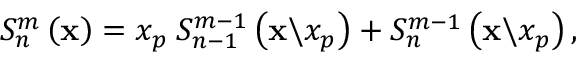
S _ { n } ^ { m } \left( \mathbf { x } \right) = x _ { p } \: S _ { n - 1 } ^ { m - 1 } \left( \mathbf { x } \backslash x _ { p } \right) + S _ { n } ^ { m - 1 } \left( \mathbf { x } \backslash x _ { p } \right) ,